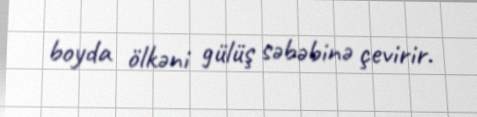
boyda ölkəni gülüş səbəbinə çevirir.